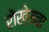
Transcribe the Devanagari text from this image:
रोखे्सचा